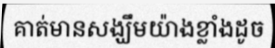
គាត់មានសង្ឃឹមយ៉ាងខ្លាំងដូច